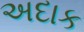
અદાક